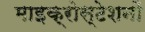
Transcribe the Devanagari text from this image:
माइक्रोस्टेशनों